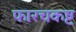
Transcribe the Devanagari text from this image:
फारचकष्ट